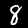
Label: 8